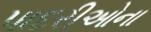
પાદરીઓના